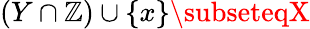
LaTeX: (Y\cap\mathbb{Z})\cup\{ x\} \subseteqX